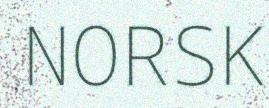
NORSK